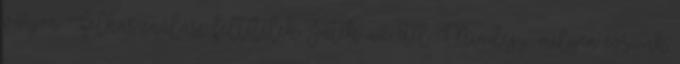
várjon. Felhasználási feltételek Játék az étel Mindegy, milyen évszak